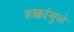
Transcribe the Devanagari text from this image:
हक्कांमुळे